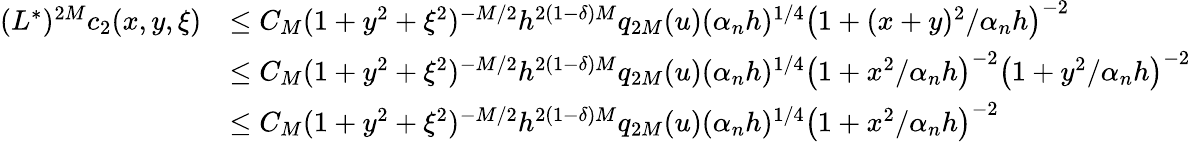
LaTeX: \begin{array}{rl}{(L^{*})^{2M}c_{2}(x,y,\xi)}&{\leq C_{M}(1+y^{2}+\xi^{2})^{-M/2}h^{2(1-\delta)M}q_{2M}(u)(\alpha_{n}h)^{1/4}\left(1+(x+y)^{2}/\alpha_{n}h\right)^{-2}}\\ &{\leq C_{M}(1+y^{2}+\xi^{2})^{-M/2}h^{2(1-\delta)M}q_{2M}(u)(\alpha_{n}h)^{1/4}\left(1+x^{2}/\alpha_{n}h\right)^{-2}\left(1+y^{2}/\alpha_{n}h\right)^{-2}}\\ &{\leq C_{M}(1+y^{2}+\xi^{2})^{-M/2}h^{2(1-\delta)M}q_{2M}(u)(\alpha_{n}h)^{1/4}\left(1+x^{2}/\alpha_{n}h\right)^{-2}}\end{array}